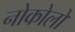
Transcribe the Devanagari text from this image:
नोकोलो